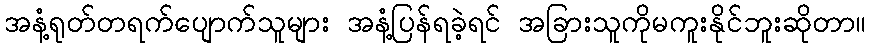
အနံ့ရုတ်တရက်ပျောက်သူများ အနံ့ပြန်ရခဲ့ရင် အခြားသူကိုမကူးနိုင်ဘူးဆိုတာ။